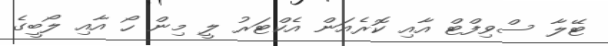
ޓޭލާ ސްވިފްޓް އާއި ކޮރެއަން އެކްޓަރު ލީ މިން ހޯ އާއި ލޯބީގެ